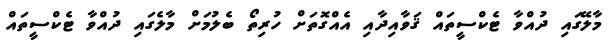
މާލޭގައި ދުއްވާ ޓެކްސީތައް ޤަވާއިދާއި އެއްގޮތަށް ހުރިތޯ ބެލުމަށް މާލެގައި ދުއްވާ ޓެކްސީތައް